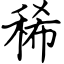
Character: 稀